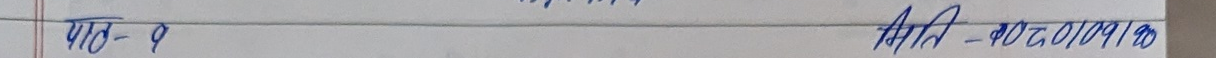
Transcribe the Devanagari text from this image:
पाठ - १ मिति - ०२०/०१/०९